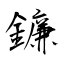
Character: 鐮